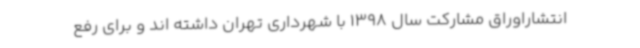
انتشاراوراق مشارکت سال 1398 با شهرداری تهران داشته اند و برای رفع